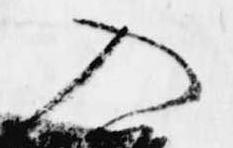
入